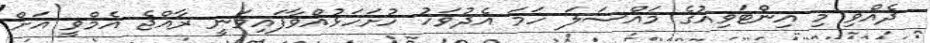
ދެއްވި މި އިންޓަވިއުގެ މައްސަލަ ހަމަ އެދުވަހު ހުށަހަޅުއްވާފައިވަނީ ރާއްޖެ އެމްވީ އަށް